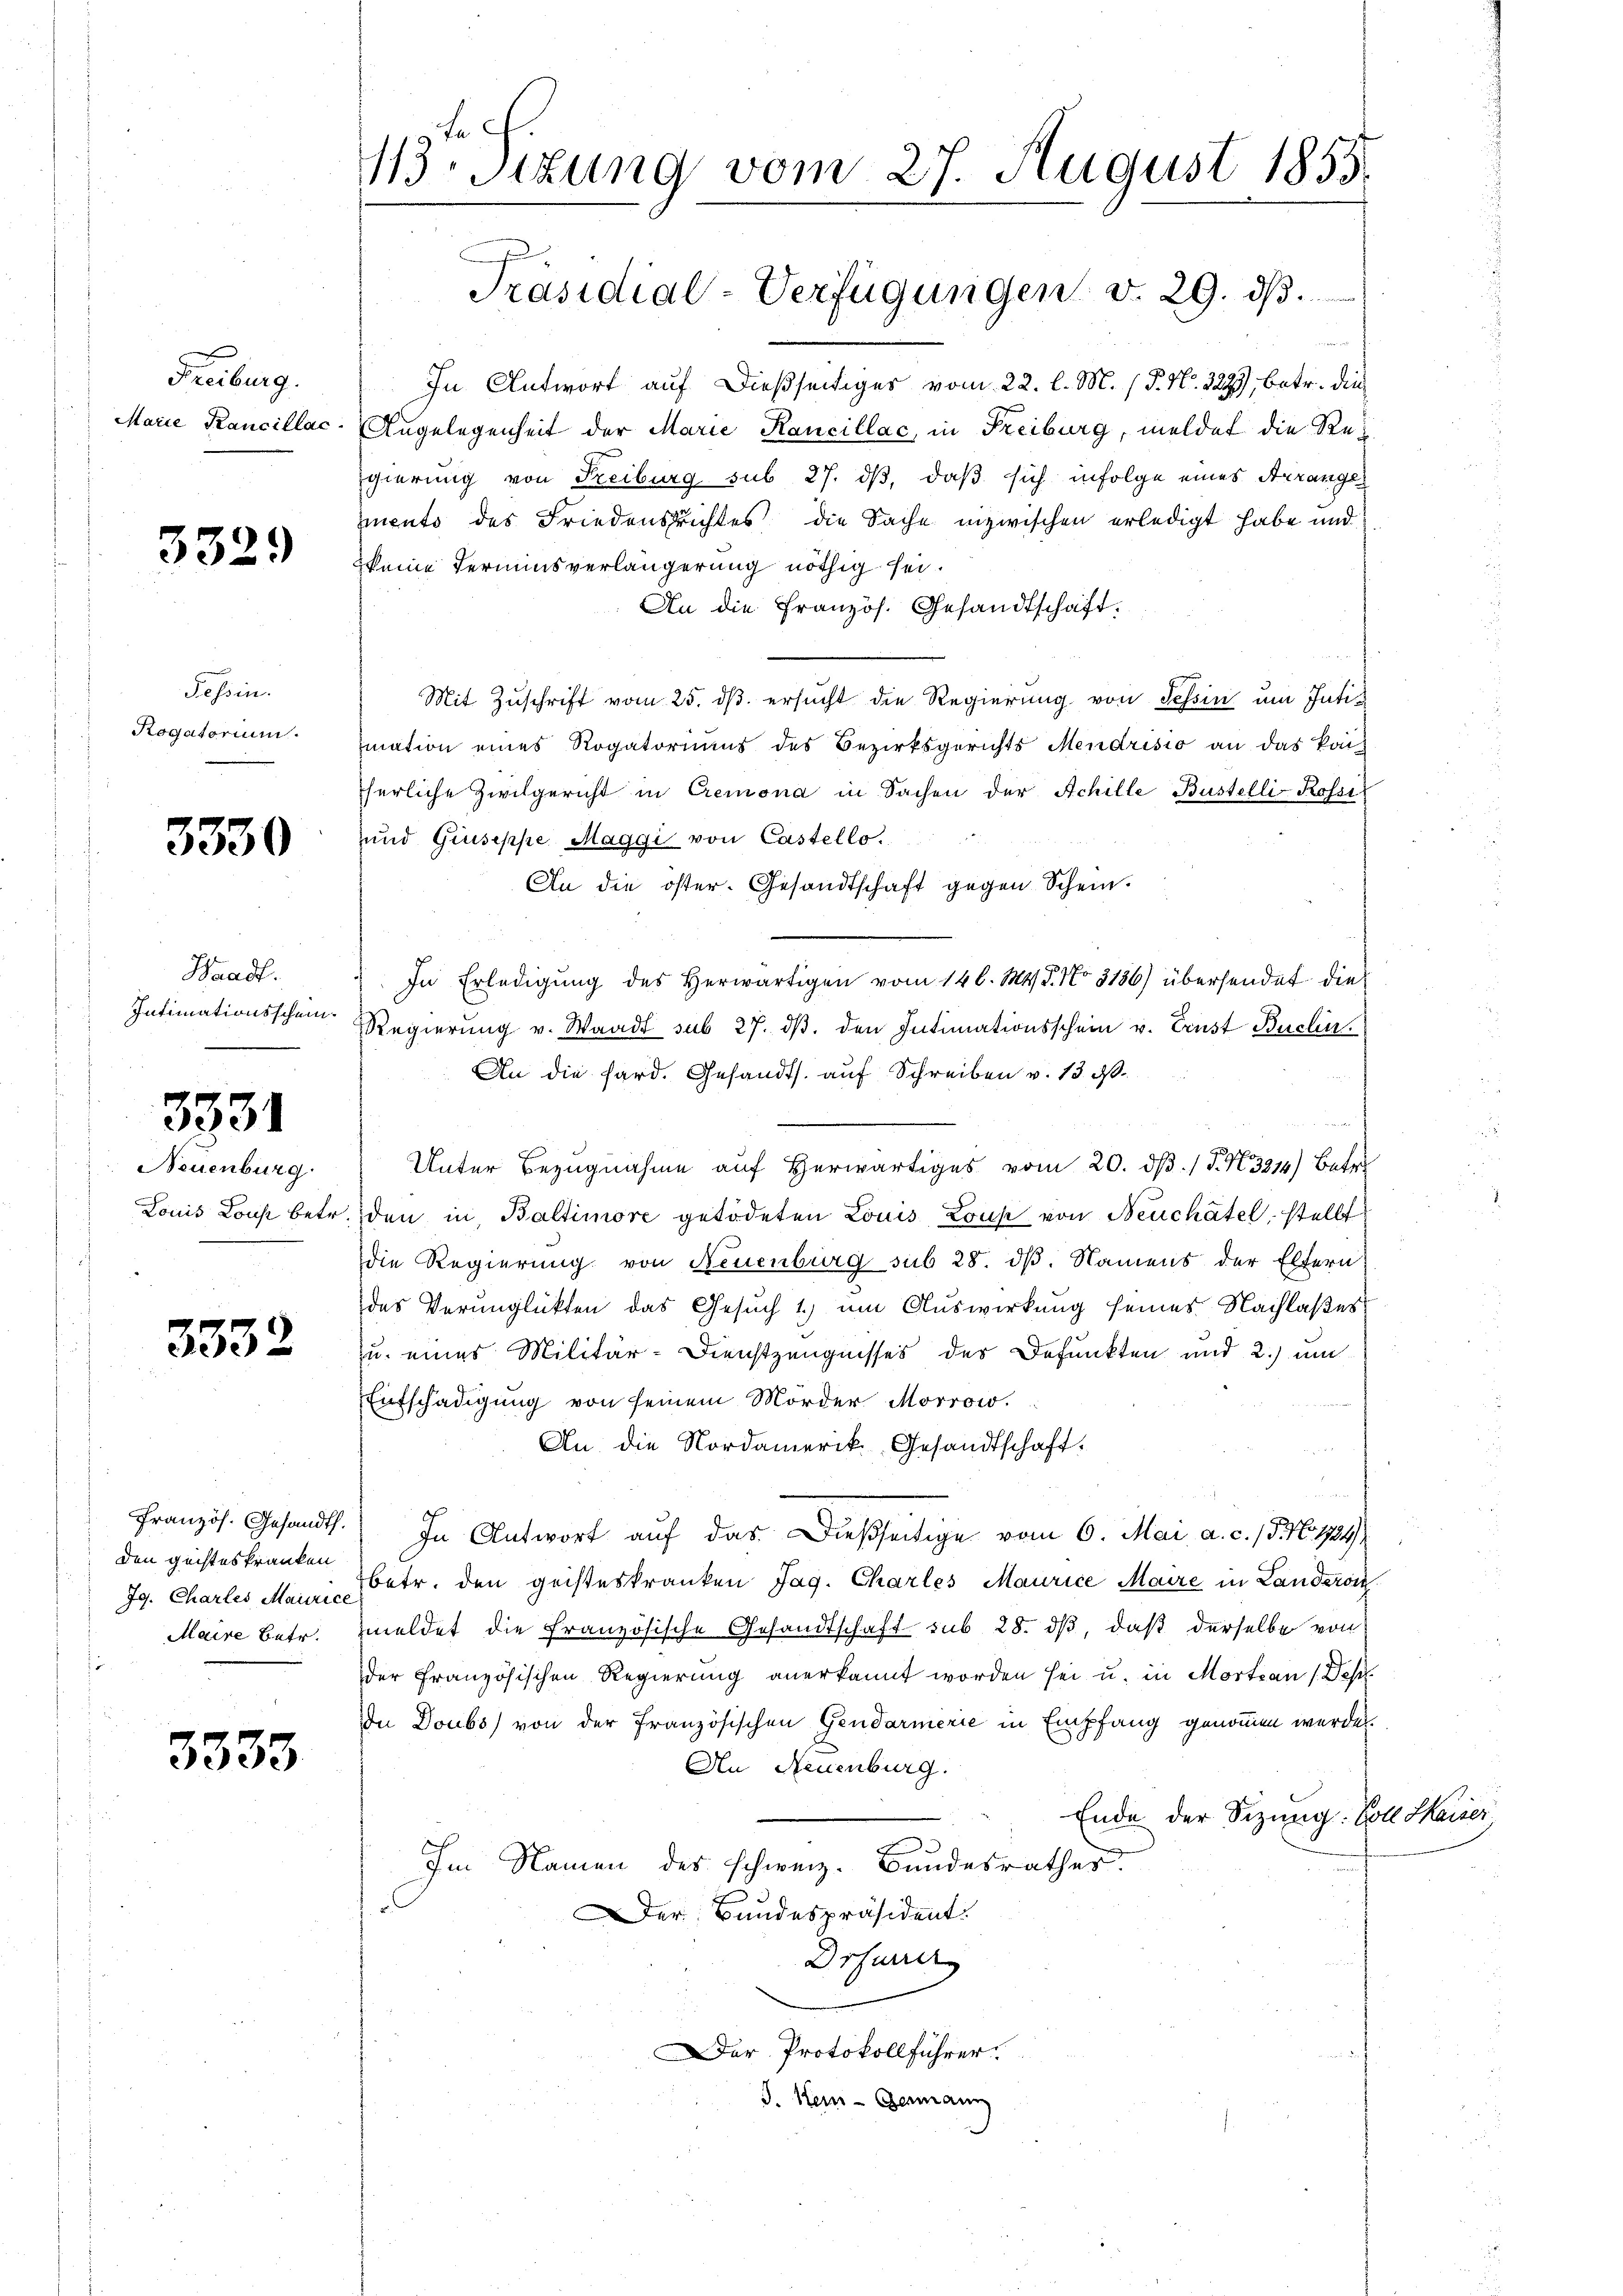
Freiburg.
Marie Kancillac

3329

Tessin.
Rogatorium.

3330

Waadt.
Intimationsschein.

3331

Neuenburg
Louis Lous betr.

3332

Französ. Gesandth.
den geisteskranken
Maire Betr.

3333

estzung vom 27. August 1855.

Präsidial-Verfügungen v. 29. dβ.

In Antwort auf dießseitiges vom 22. l. M. P. Nr. 3233, betr. die
Angelegenheit der Marie Kancillac, in Freiburg, meldet die Regierung von Freiburg sub 27. dβ, daß sich infolge eines Arrange
ento des Friedensrichtes die Sache inzwischen erledigt habe und
keine Terminsverlängerung nöthig sei.
An die Französ. Gesandtschaft.
Mit Zŭschrift vom 25. dβ ersŭcht die Regierung von Tessin um Intik
mation eines Rogatoriums des Bezirksgerichts Mendrisio an das kon-
herliche Zivilgericht in Cremona in Sachen der Achille Büstelli-Rossil
und Giuseppe, Maggi von Castello.
An die öster. Gesandtschaft gegen Schein.
In Erledigung des Herwärtigen vom 14 l. Mts. S. Nr. 3186) übersendet die
Regierung v. Waadt sub 27. dβ. den Intimationsschein u. Ernst Buclin
An die fard. Gesandts. auf Schreiben v. 13. d.
Unter Bezugnahme auf Herwärtiges vom 20. ds. / P. N. 3214) Betr
den in Baltimore getödeten Louis Louk von Neuchâtel, stellt
die Regierung von Neuenburg sub 28. dβ. Namens der Eltern
das Verŭnglükten das Gesŭch 1. ŭm Aŭswirkŭng seines Nachlaβes
zu eines Militär-Dienstzeugnisses des Befunkten und 2.) um
Entschädigung von seinem Mörder Morrow.
An die Nordamerik. Gesandtschaft.
In Antwort auf das dießseitige vom 6. Mai a. c. 15. No. 1724
Jg. Charles Mann betr. den geisteskranken Jag. Charles Maurice Maire in Landeron
meldet die französische Gesandtschaft sub 28. dβ, daß derselbe von
der Französischen Regierung anerkannt worden sei u. in Mortan (Dess
De Doubs) von der Französischen Gendarmerie in Empfang genommen werden.
An Neuenburg.
Ende der Sizung. Voll Kaiser
d
Im Namen des schweiz. Bundesrathes.
Der Bundespräsident.
Drfarrer
Der Protokollführer.
S. Heu-Germann